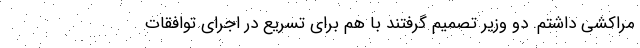
مراکشی داشتم. دو وزیر تصمیم گرفتند با هم برای تسریع در اجرای توافقات